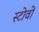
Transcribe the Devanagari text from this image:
स्टोवों